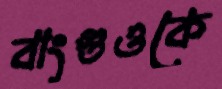
বাংগুওকে